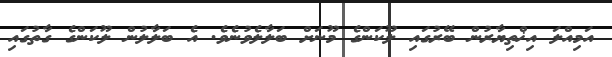
އަމިއްލަ އިޚްތިޔާރުން ބޭރުގައި ލޫކަންގެ މޫނަށް ބަލާލެވުނެވެ. އެ ބަލާލުން ލޫކަންގެ ގާތުގައި